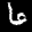
Label: 6